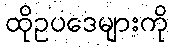
ထိုဥပဒေများကို